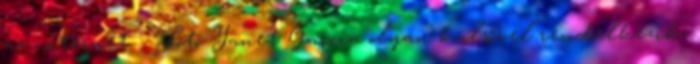
az internet - Fotó Yanet Gar­cía olyan kül­ső­vel ren­del­ke­zik,